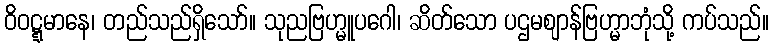
ဝိဝဋ္ဋမာနေ၊ တည်သည်ရှိသော်။ သုညဗြဟ္မူပဂေါ၊ ဆိတ်သော ပဌမဈာန်ဗြဟ္မာဘုံသို့ ကပ်သည်။